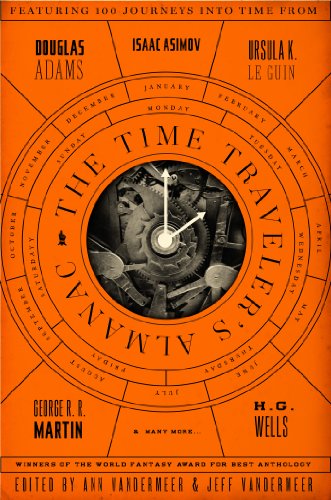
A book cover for The Time Traveler's Almanac; Ann VanderMeer; Science Fiction & Fantasy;